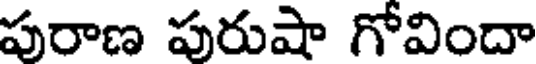
పురాణ పురుషా గోవిందా